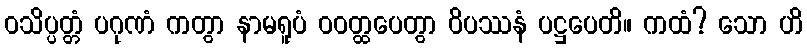
ဝသိပ္ပတ္တံ ပဂုဏံ ကတွာ နာမရူပံ ဝဝတ္ထပေတွာ ဝိပဿနံ ပဋ္ဌပေတိ။ ကထံ? သော ဟိ